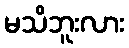
မသိဘူးလား